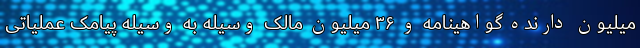
میلیون دارنده گواهینامه و ۳۶ میلیون مالک وسیله به وسیله پیامک عملیاتی